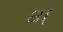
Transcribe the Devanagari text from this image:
श्‌